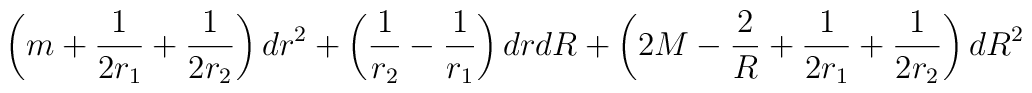
\left(m+\frac{1}{2r_1}+\frac{1}{2r_2}\right)dr^2+\left(\frac{1}{r_2}-\frac{1}{r_1}\right)drdR+\left(2M-\frac{2}{R}+\frac{1}{2r_1}+\frac{1}{2r_2}\right)dR^2